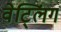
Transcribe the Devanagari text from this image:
वेट्लिंग